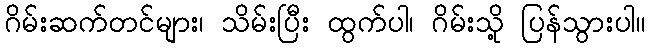
ဂိမ်းဆက်တင်များ၊ သိမ်းပြီး ထွက်ပါ၊ ဂိမ်းသို့ ပြန်သွားပါ။